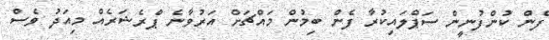
ފެން ކުންފުނީން ސަޕްލައިކުރާ ފެން ބިމުން މައްޗަށް އަރުވާނެ ޕްރެޝަރެއް މިއަދު ވެސް